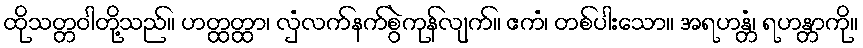
ထိုသတ္တဝါတို့သည်။ ဟတ္ထတ္ထာ၊ လှံလက်နက်စွဲကုန်လျက်။ ဧကံ၊ တစ်ပါးသော။ အရဟန္တံ၊ ရဟန္တာကို။